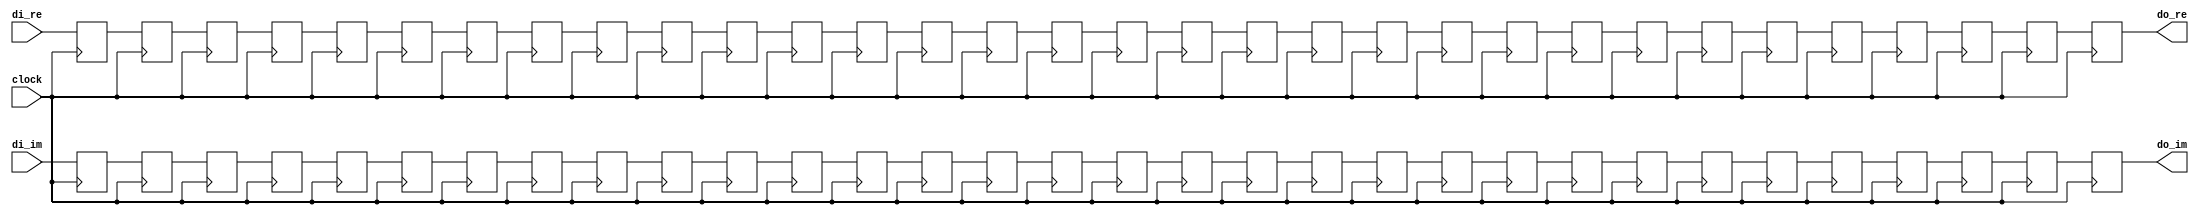
//----------------------------------------------------------------------
//  DelayBuffer: Generate Constant Delay
//----------------------------------------------------------------------
module DelayBuffer #(
    parameter   DEPTH = 32,
    parameter   WIDTH = 16
)(
    input               clock,  //  Master Clock
    input   [WIDTH-1:0] di_re,  //  Data Input (Real)
    input   [WIDTH-1:0] di_im,  //  Data Input (Imag)
    output  [WIDTH-1:0] do_re,  //  Data Output (Real)
    output  [WIDTH-1:0] do_im   //  Data Output (Imag)
);

reg [WIDTH-1:0] buf_re[0:DEPTH-1];
reg [WIDTH-1:0] buf_im[0:DEPTH-1];
integer n;

//  Shift Buffer
always @(posedge clock) begin
    for (n = DEPTH-1; n > 0; n = n - 1) begin
        buf_re[n] <= buf_re[n-1];
        buf_im[n] <= buf_im[n-1];
    end
    buf_re[0] <= di_re;
    buf_im[0] <= di_im;
end

assign  do_re = buf_re[DEPTH-1];
assign  do_im = buf_im[DEPTH-1];

endmodule